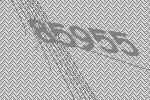
85955